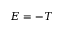
E = - T